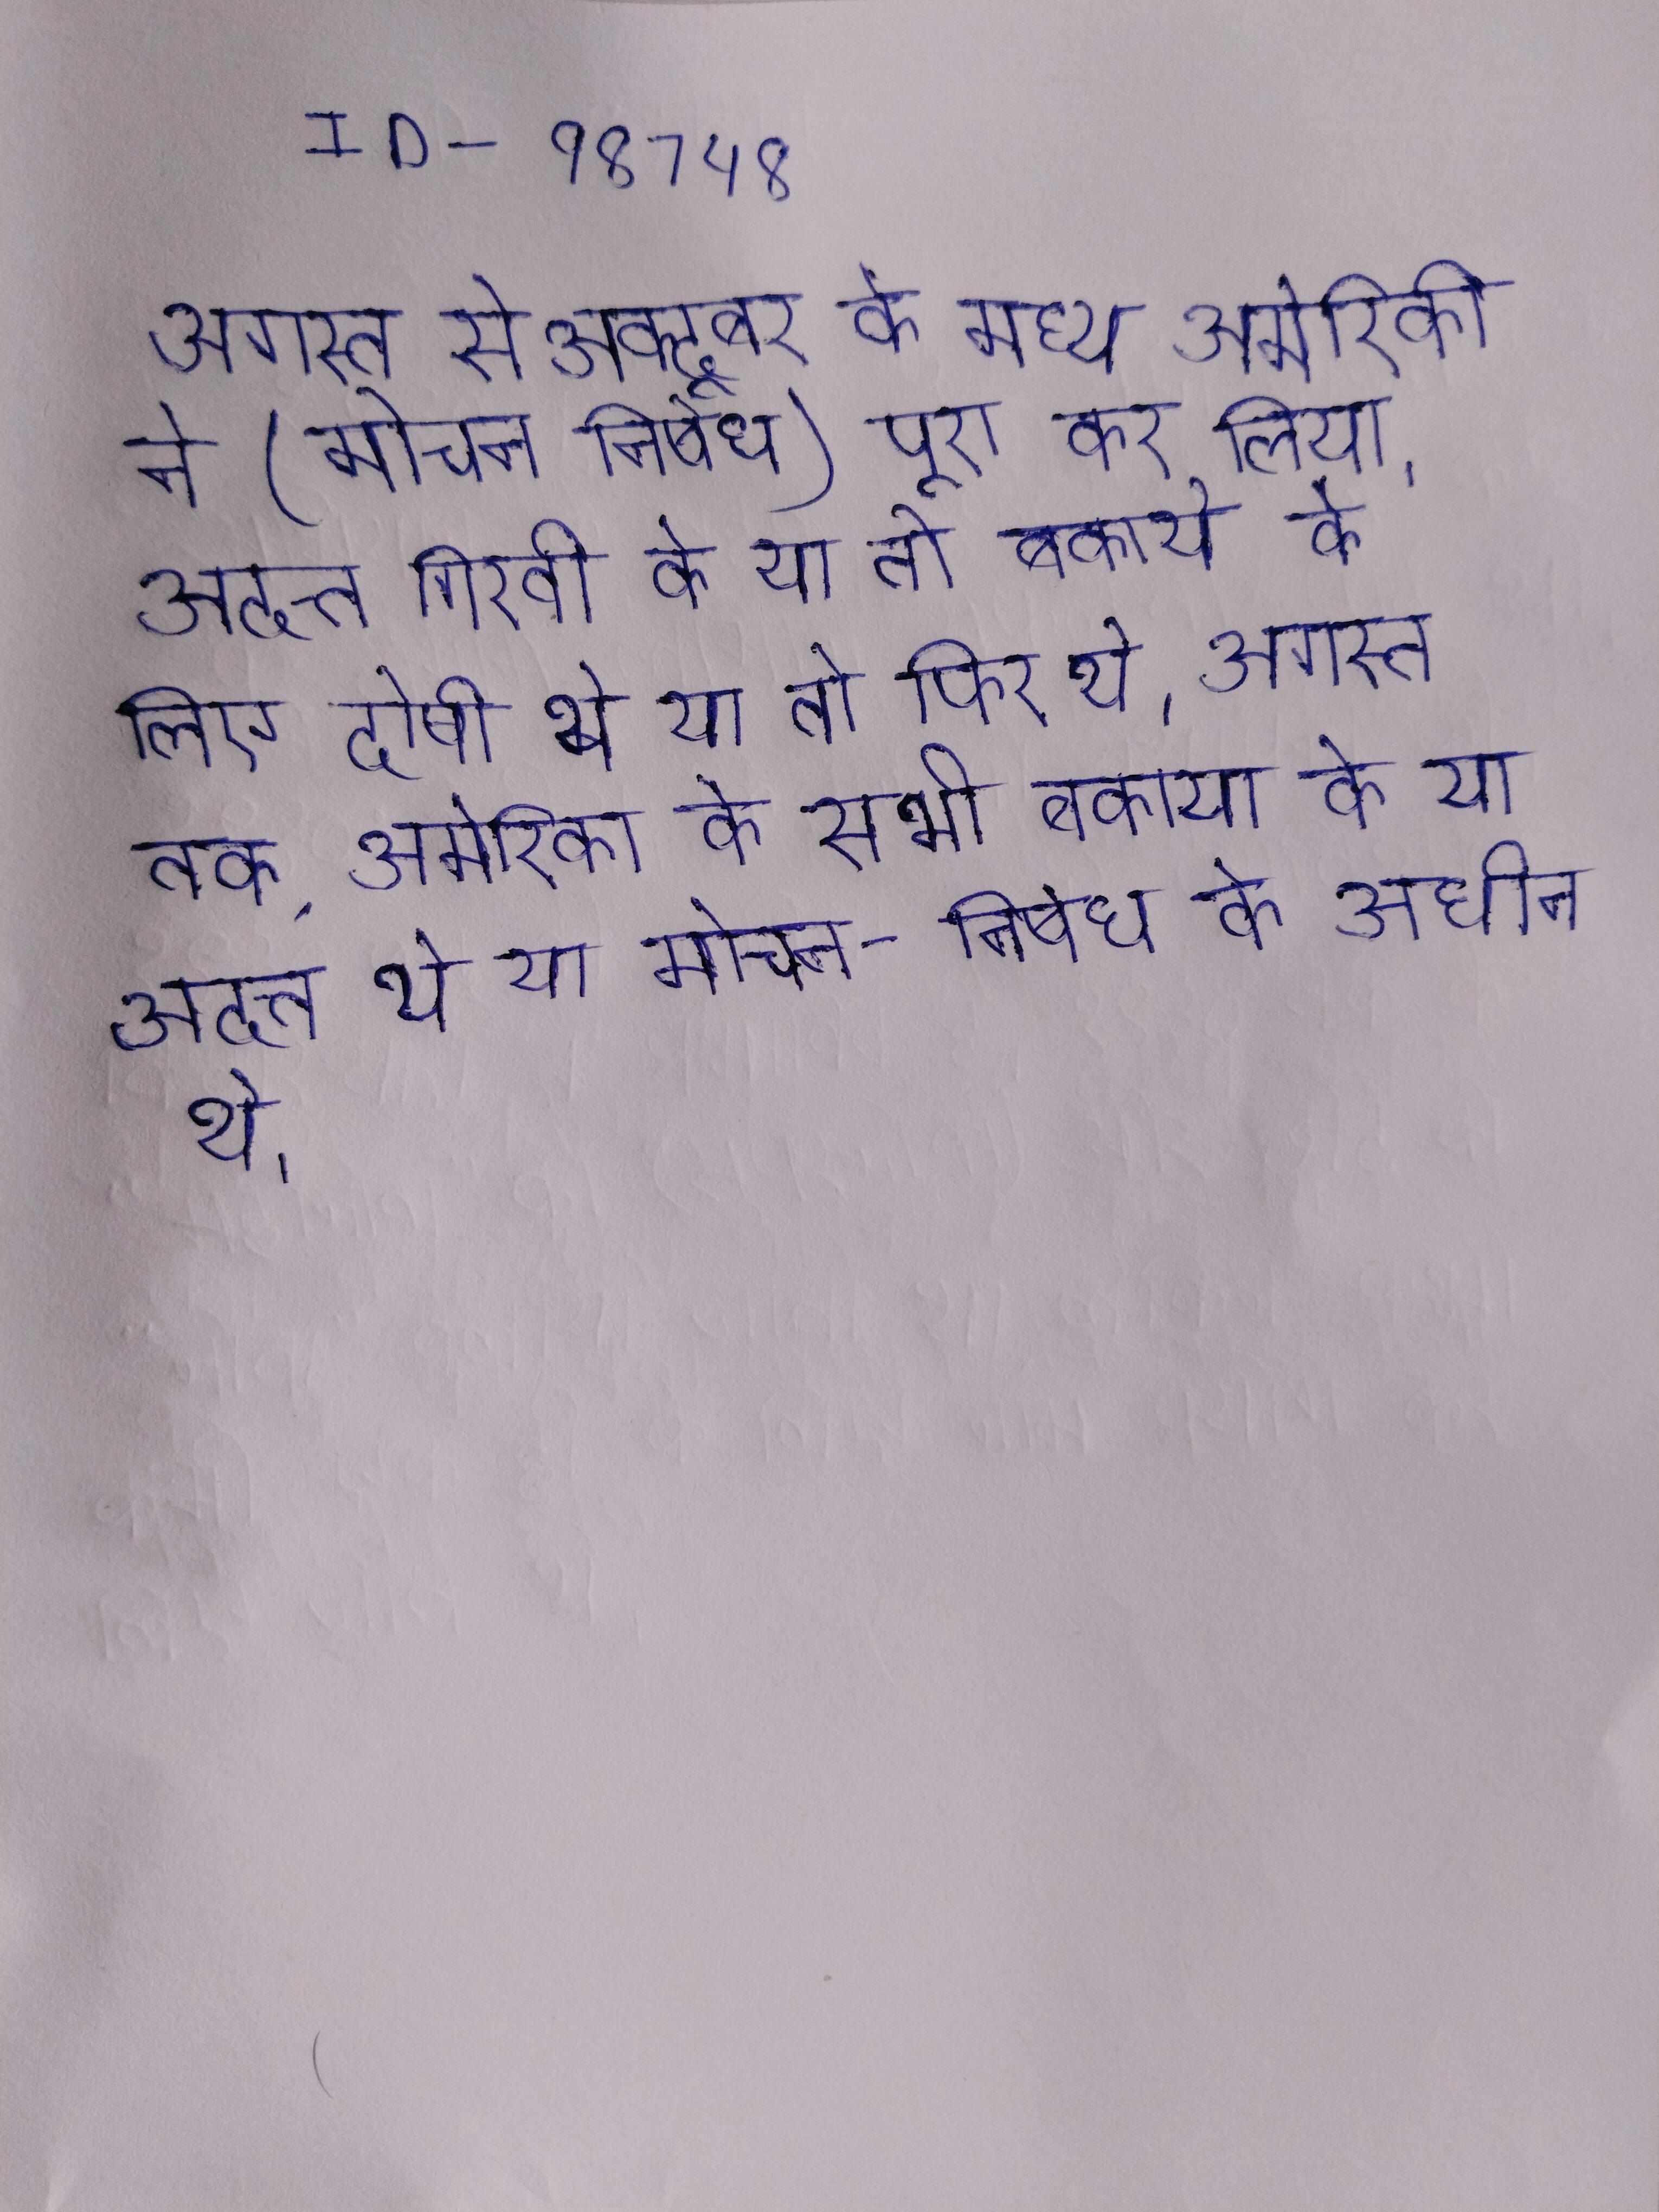
अगस्त से अक्टूबर के मध्य अमेरिकी ने (मोचन निषेध) पूरा कर लिया । अगस्त तक, अदत्त गिरवी के या तो बकाये के लिए दोषी थे या तो फिर थे । अगस्त तक, अमेरिका के सभी बकाया के या तो अदत्त थे या मोचन-निषेध के अधीन थे ।